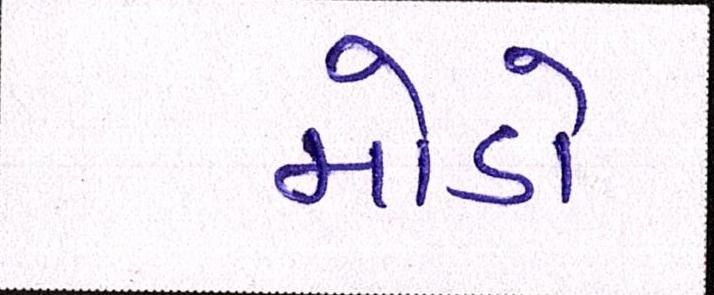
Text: મોડો